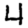
Digit: 4